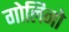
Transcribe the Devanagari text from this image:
गोलिनो